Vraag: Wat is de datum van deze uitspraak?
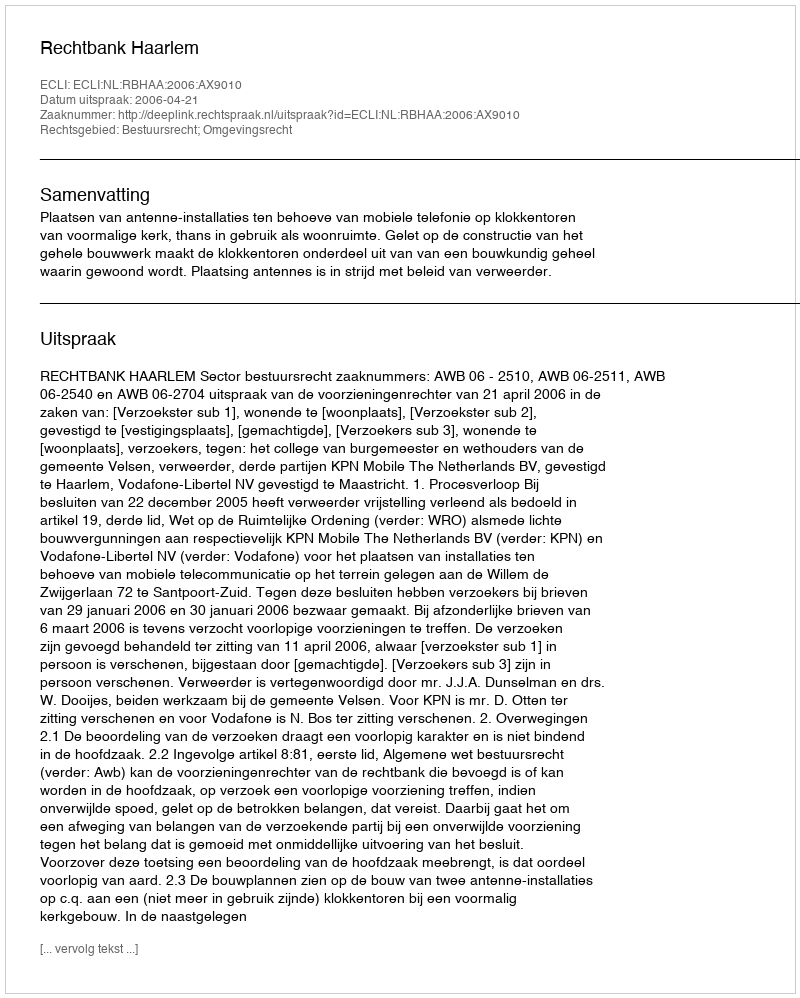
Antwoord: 2006-04-21